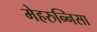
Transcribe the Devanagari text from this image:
मेहरुन्‍निसा